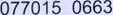
077015 0663